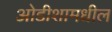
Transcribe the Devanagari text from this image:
ओडीशामधील